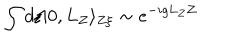
LaTeX: \int d \xi | 0 , L _ { Z } \rangle _ { Z \xi } \sim e ^ { - i g L _ { Z } Z }